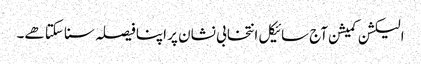
الیکشن کمیشن آج سائیکل انتخابی نشان پر اپنا فیصلہ سنا سکتا هے۔